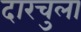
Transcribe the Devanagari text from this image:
दारचुला